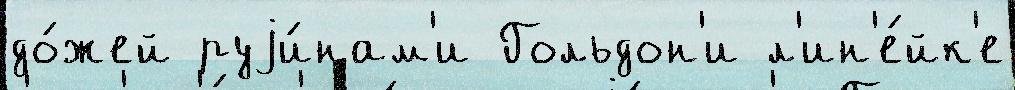
до́жей руjи́нам'и Гольдон'и л'ин'е́йк'е